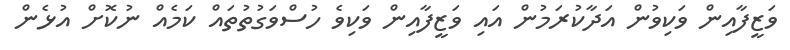
ވަޒީފާއިން ވަކިވުން އަދާކުރަމުން އައި ވަޒީފާއިން ވަކިވެ ހުސްވަގުތުތައް ކަމެއް ނުކޮށް އުޅެން